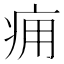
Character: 痈